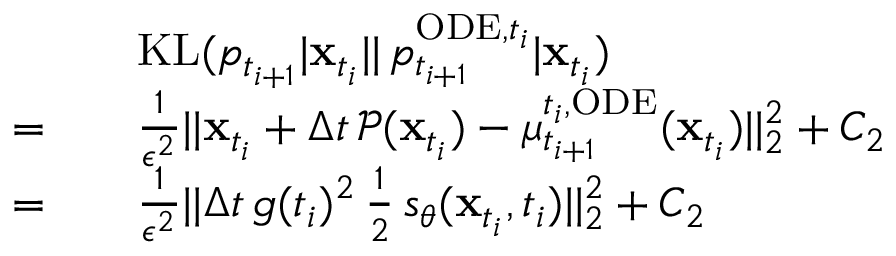
\begin{array} { r l } & { \quad \mathrm { K L } ( p _ { t _ { i + 1 } } | \mathbf { x } _ { t _ { i } } | | \, p _ { t _ { i + 1 } } ^ { \mathrm { O D E } , t _ { i } } | \mathbf { x } _ { t _ { i } } ) } \\ { = } & { \quad \frac { 1 } { \epsilon ^ { 2 } } | | \mathbf { x } _ { t _ { i } } + \Delta t \, \mathcal { P } ( \mathbf { x } _ { t _ { i } } ) - \mu _ { t _ { i + 1 } } ^ { t _ { i } , \mathrm { O D E } } ( \mathbf { x } _ { t _ { i } } ) | | _ { 2 } ^ { 2 } + C _ { 2 } } \\ { = } & { \quad \frac { 1 } { \epsilon ^ { 2 } } | | \Delta t \, g ( t _ { i } ) ^ { 2 } \, \frac { 1 } { 2 } \, s _ { \theta } ( \mathbf { x } _ { t _ { i } } , t _ { i } ) | | _ { 2 } ^ { 2 } + C _ { 2 } } \end{array}